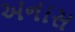
અનાસ